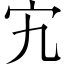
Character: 宄